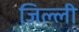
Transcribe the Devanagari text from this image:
जिल्ली